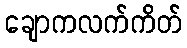
ချောကလက်ကိတ်